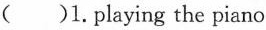
（）1.playing the piano